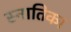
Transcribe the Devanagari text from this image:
स्नातिका